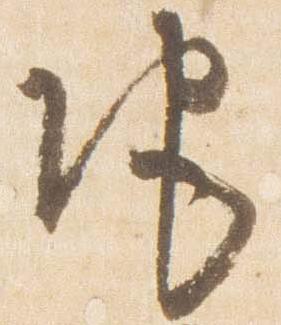
地